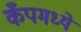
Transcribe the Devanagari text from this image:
कँपमध्ये